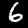
Label: 6